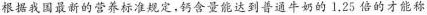
根据我国最新的营养标准规定，钙含量能达到普通牛奶的1.25倍的才能称